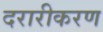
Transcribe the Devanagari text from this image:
दरारीकरण